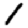
Digit: 1